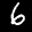
Label: 6